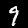
Digit: 9